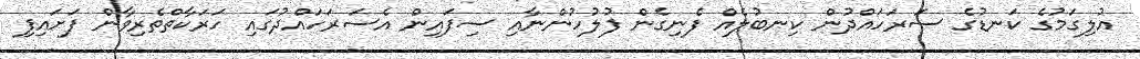
އުލިގަމުގެ ކަނޑުގެ ސަރަހައްދުން ކިނބުލެއް ފެނިގެން ފުލުހުންނާއި ސިފައިން އެސަރަހައްދުގައި ހަރަކާތްތެރިވާން ފަށައިފި